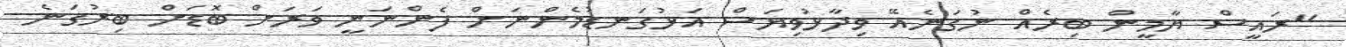
"ރައީސް ޔާމީން ބިރެއް ނުގަނެއޭ ވިދާޅުވިޔަސް އަޅުގަނޑުމެންނަށް ފެންނަނީ ވަރަށް ބޮޑަށް ބިރުގަނެ